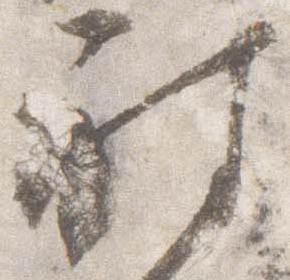
被